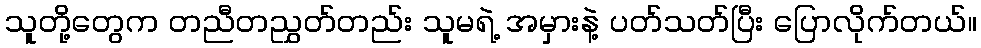
သူတို့တွေက တညီတညွှတ်တည်း သူမရဲ့ အမှားနဲ့ ပတ်သတ်ပြီး ပြောလိုက်တယ်။